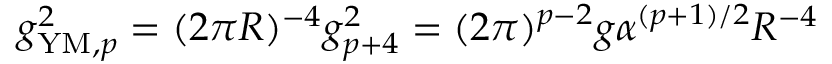
g _ { \mathrm { Y M } , p } ^ { 2 } = ( 2 \pi R ) ^ { - 4 } g _ { p + 4 } ^ { 2 } = ( 2 \pi ) ^ { p - 2 } g \alpha ^ { ( p + 1 ) / 2 } R ^ { - 4 }